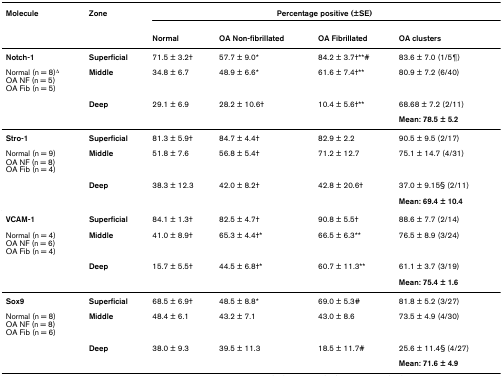
<table><thead><tr><td><b>Molecule</b></td><td><b>Zone</b></td><td colspan="4"><b>Percentage positive (±SE)</b></td></tr><tr><td></td><td></td><td><b>Normal</b></td><td><b>OA Non-fibrillated</b></td><td><b>OA Fibrillated</b></td><td><b>OA clusters</b></td></tr></thead><tbody><tr><td><b>Notch-1</b></td><td><b>Superficial</b></td><td>71.5 ± 3.2†</td><td>57.7 ± 9.0*</td><td>84.2 ± 3.7†**#</td><td>83.6 ± 7.0 (1/5¶)</td></tr><tr><td>Normal (n = 8)<sup>Δ</sup>OA NF (n = 5)OA Fib (n = 5)</td><td><b>Middle</b></td><td>34.8 ± 6.7</td><td>48.9 ± 6.6*</td><td>61.6 ± 7.4†**</td><td>80.9 ± 7.2 (6/40)</td></tr><tr><td></td><td><b>Deep</b></td><td>29.1 ± 6.9</td><td>28.2 ± 10.6†</td><td>10.4 ± 5.6†**</td><td>68.68 ± 7.2 (2/11)</td></tr><tr><td></td><td></td><td></td><td></td><td></td><td><b>Mean: 78.5 ± 5.2</b></td></tr><tr><td><b>Stro-1</b></td><td><b>Superficial</b></td><td>81.3 ± 5.9†</td><td>84.7 ± 4.4†</td><td>82.9 ± 2.2</td><td>90.5 ± 9.5 (2/17)</td></tr><tr><td>Normal (n = 9)OA NF (n = 8)OA Fib (n = 4)</td><td><b>Middle</b></td><td>51.8 ± 7.6</td><td>56.8 ± 5.4†</td><td>71.2 ± 12.7</td><td>75.1 ± 14.7 (4/31)</td></tr><tr><td></td><td><b>Deep</b></td><td>38.3 ± 12.3</td><td>42.0 ± 8.2†</td><td>42.8 ± 20.6†</td><td>37.0 ± 9.15§ (2/11)</td></tr><tr><td></td><td></td><td></td><td></td><td></td><td><b>Mean: 69.4 ± 10.4</b></td></tr><tr><td><b>VCAM-1</b></td><td><b>Superficial</b></td><td>84.1 ± 1.3†</td><td>82.5 ± 4.7†</td><td>90.8 ± 5.5†</td><td>88.6 ± 7.7 (2/14)</td></tr><tr><td>Normal (n = 4)OA NF (n = 6)OA Fib (n = 4)</td><td><b>Middle</b></td><td>41.0 ± 8.9†</td><td>65.3 ± 4.4†*</td><td>66.5 ± 6.3**</td><td>76.5 ± 8.9 (3/24)</td></tr><tr><td></td><td><b>Deep</b></td><td>15.7 ± 5.5†</td><td>44.5 ± 6.8†*</td><td>60.7 ± 11.3**</td><td>61.1 ± 3.7 (3/19)</td></tr><tr><td></td><td></td><td></td><td></td><td></td><td><b>Mean: 75.4 ± 1.6</b></td></tr><tr><td><b>Sox9</b></td><td><b>Superficial</b></td><td>68.5 ± 6.9†</td><td>48.5 ± 8.8*</td><td>69.0 ± 5.3#</td><td>81.8 ± 5.2 (3/27)</td></tr><tr><td>Normal (n = 8)OA NF (n = 8)OA Fib (n = 6)</td><td><b>Middle</b></td><td>48.4 ± 6.1</td><td>43.2 ± 7.1</td><td>43.0 ± 8.6</td><td>73.5 ± 4.9 (4/30)</td></tr><tr><td></td><td><b>Deep</b></td><td>38.0 ± 9.3</td><td>39.5 ± 11.3</td><td>18.5 ± 11.7#</td><td>25.6 ± 11.4§ (4/27)</td></tr><tr><td></td><td></td><td></td><td></td><td></td><td><b>Mean: 71.6 ± 4.9</b></td></tr></tbody></table>